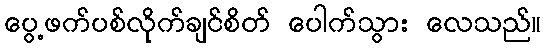
ပွေ့ဖက်ပစ်လိုက်ချင်စိတ် ပေါက်သွား လေသည်။